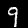
Label: 9